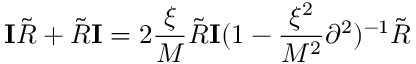
{ \mathbf I } { \tilde { R } } + { \tilde { R } } { \mathbf I } = 2 \frac { \xi } { M } { \tilde { R } } { \mathbf I } ( 1 - \frac { \xi ^ { 2 } } { M ^ { 2 } } \partial ^ { 2 } ) ^ { - 1 } { \tilde { R } }